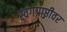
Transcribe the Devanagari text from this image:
स्वर्गप्राप्तीवर